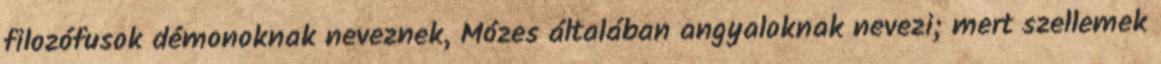
filozófusok démonoknak neveznek, Mózes általában angyaloknak nevezi; mert szellemek